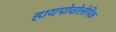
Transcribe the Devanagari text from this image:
हायपोवोलेमिक